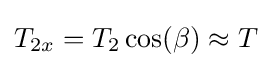
T_{2x}=T_{2}\cos(\beta )\approx T